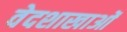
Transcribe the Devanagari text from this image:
वेदशाखाओं